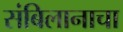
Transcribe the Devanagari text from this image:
संबिलानाचा